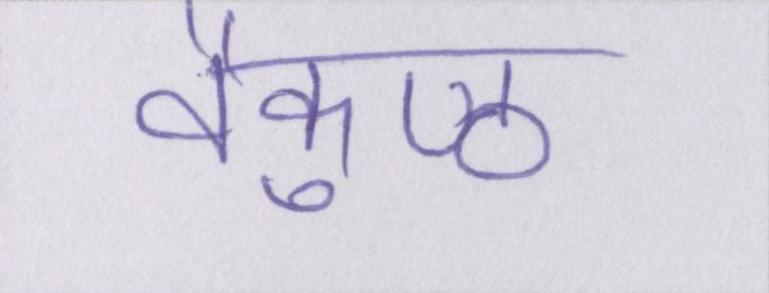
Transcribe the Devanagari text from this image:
वैकुण्ठ